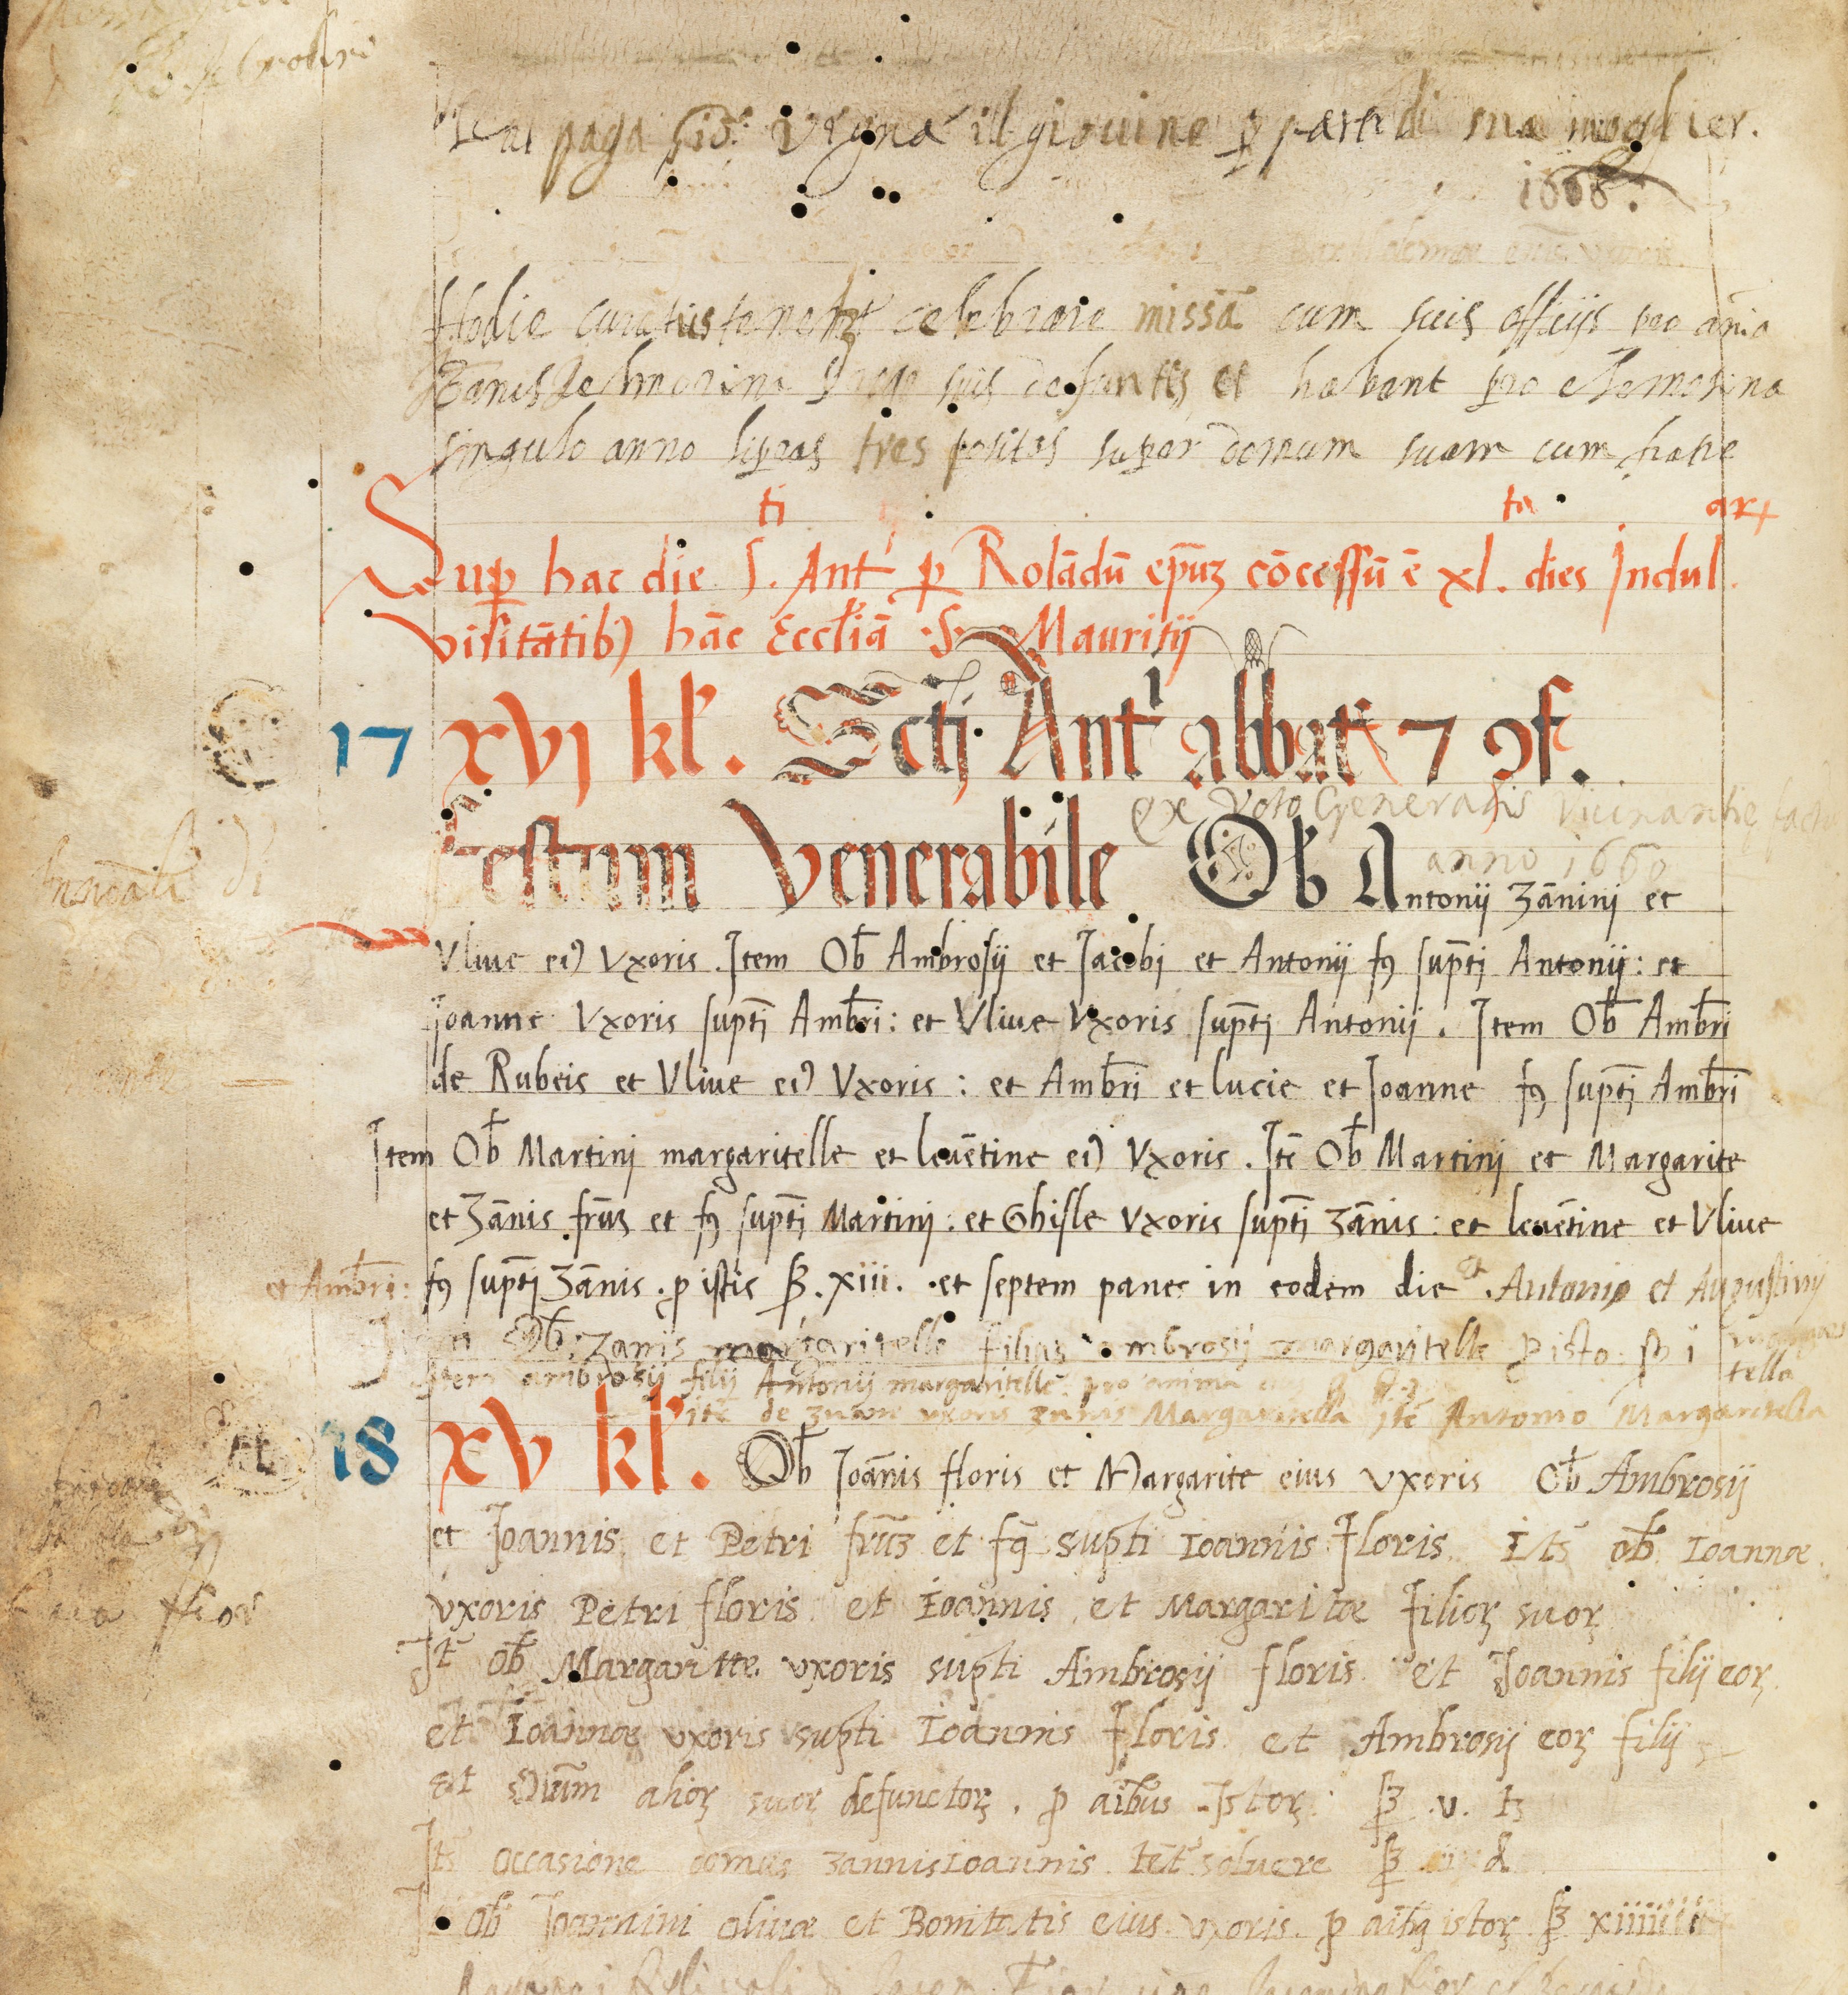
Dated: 1545–1555